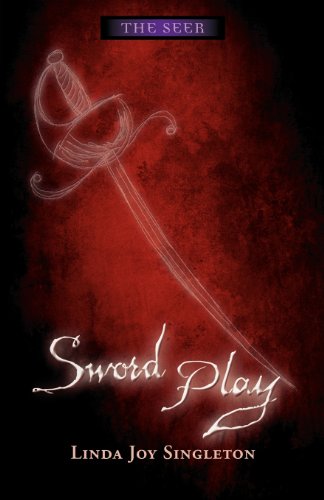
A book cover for Sword Play (The Seer Series); Linda Joy Singleton; Teen & Young Adult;